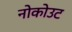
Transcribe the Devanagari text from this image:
नोकोउट